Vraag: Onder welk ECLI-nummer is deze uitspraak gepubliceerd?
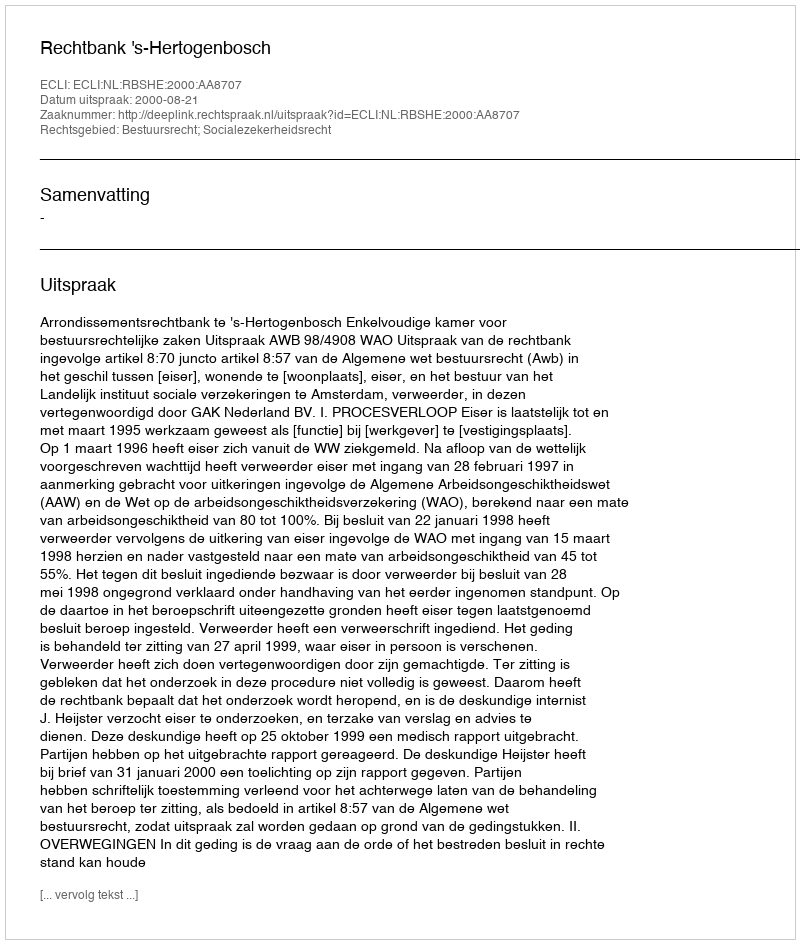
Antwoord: ECLI:NL:RBSHE:2000:AA8707